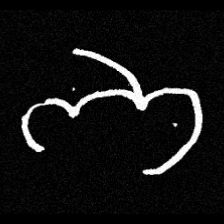
Pyu character \u2014 Myanmar letter: ဘ (romanized: bha)